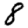
Digit: 8